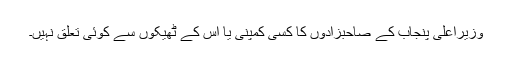
وزیراعلیٰ پنجاب کے صاحبزادوں کا کسی کمپنی یا اس کے ٹھیکوں سے کوئی تعلق نہیں۔